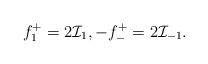
LaTeX: \begin{align*}f_{1}^{+}=2{\mathcal{I}}_1,-f_{-}^{+}=2{\mathcal{I}}_{-1}. \end{align*}